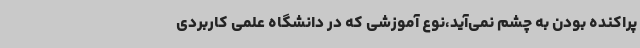
پراکنده بودن به چشم نمی‌آید،نوع آموزشی که در دانشگاه علمی کاربردی